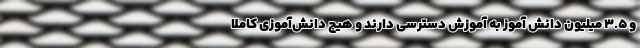
و 3.5 میلیون دانش آموز به آموزش دسترسی دارند و هیچ دانش‌آموزی کاملا